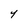
Character: Y